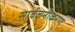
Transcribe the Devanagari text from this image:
सार्वजनीकरण